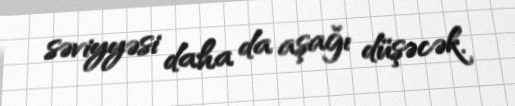
səviyyəsi daha da aşağı düşəcək.